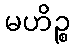
မဟိဉ္စ